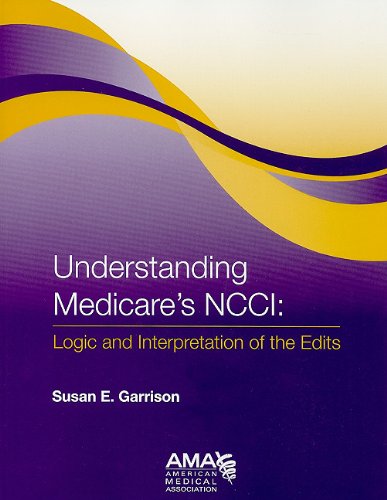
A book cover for Understanding Medicare's NCCI Edits: Logic and Interpretation of the Edits; Susan E. Garrison; Medical Books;